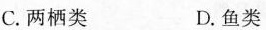
C.两栖类 D.鱼类